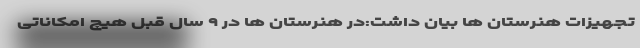
تجهیزات هنرستان ها بیان داشت:در هنرستان ها در ۹ سال قبل هیچ امکاناتی